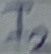
Text: I2